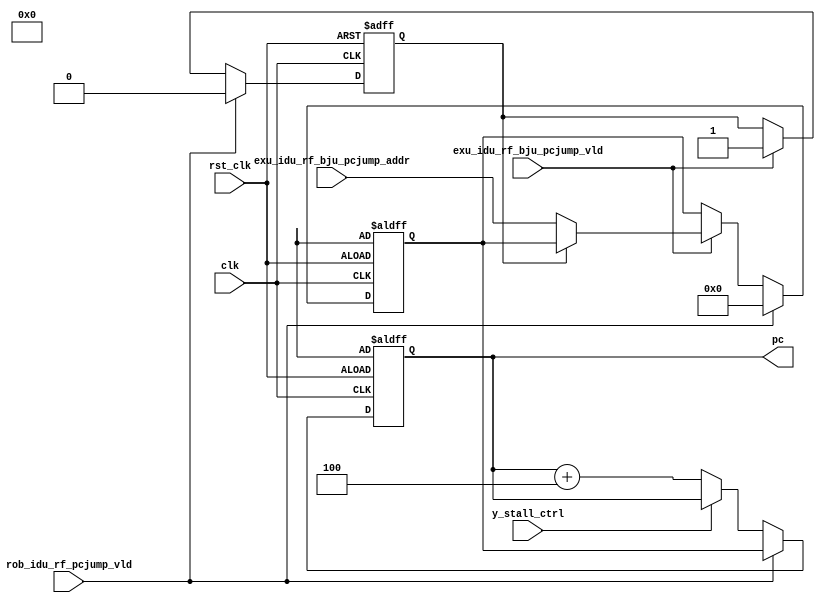
module idu_rf_pc (
    clk,
    rst_clk,
    y_stall_ctrl,
    rob_idu_rf_pcjump_vld,
    exu_idu_rf_bju_pcjump_vld,
    exu_idu_rf_bju_pcjump_addr,
    pc
);
    // &Ports;
    input         clk;
    input         rst_clk;
    input         y_stall_ctrl;
    input         rob_idu_rf_pcjump_vld;
    input         exu_idu_rf_bju_pcjump_vld;
    input  [63:0] exu_idu_rf_bju_pcjump_addr;

    output [63:0] pc;

    // &Regs;
    reg [63:0] pc;
    reg [63:0] bju_rs; // Branch Jump inst Rstention Station（分支跳转指令保留站）
    reg        bju_rs_mask;

    // &Wires;
    wire        clk;
    wire        rst_clk;
    wire        y_stall_ctrl;
    wire        rob_idu_rf_pcjump_vld;
    wire        exu_idu_rf_bju_pcjump_vld;
    wire [63:0] exu_idu_rf_bju_pcjump_addr;

    // pc
    always @(posedge clk or negedge rst_clk)
    begin
        if (!rst_clk)
            pc <= PC_RESET;
        else if (rob_idu_rf_pcjump_vld)
            pc <= bju_rs;
        else if (y_stall_ctrl)
            pc <= pc;
        else
            pc <= pc + 4;
    end

    // bju_rs
    always @(posedge clk or negedge rst_clk)
    begin
        if (!rst_clk) begin
            bju_rs      <= PC_RESET;
            bju_rs_mask <= 0;
        end
        else if (rob_idu_rf_pcjump_vld) begin
            bju_rs      <= 0;
            bju_rs_mask <= 0;
        end
        else if (exu_idu_rf_bju_pcjump_vld) begin
            bju_rs      <= (bju_rs_mask) ? bju_rs : exu_idu_rf_bju_pcjump_addr;
            bju_rs_mask <= 1;
        end
        else begin
            bju_rs      <= bju_rs;
            bju_rs_mask <= bju_rs_mask;
        end
    end

endmodule